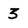
Character: 3